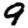
Digit: 9